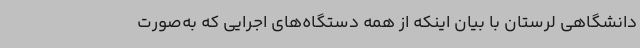
دانشگاهی لرستان با بیان اینکه از همه دستگاه‌های اجرایی که به‌صورت